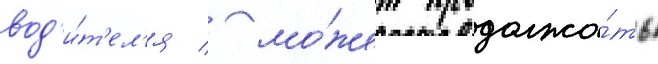
вод'и́т'ел'я / мо́жет продолжа́ть